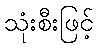
သုံးစီးဖြင့်